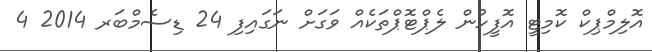
އޮލިމްޕިކް ކޮމިޓީ އޮފީހުން ލެޕްޓޮޕްތަކެއް ވަގަށް ނަގައިފި 24 ޑިސެމްބަރ 2014 4